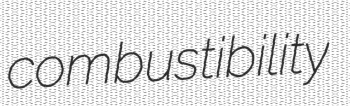
combustibility